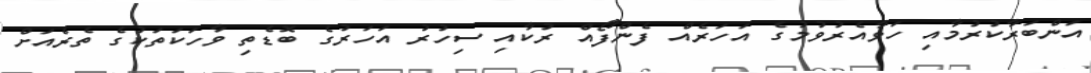
އަންބަރާކުރުމާއި ހަވާއެރުވުމުގެ އަހަރެއް ފެންފޯއް ރުކާއި ސިހުރު އަހަރުގެ ބޮޑެތި ވާހަކަތަކުގެ ތެރެއަށް